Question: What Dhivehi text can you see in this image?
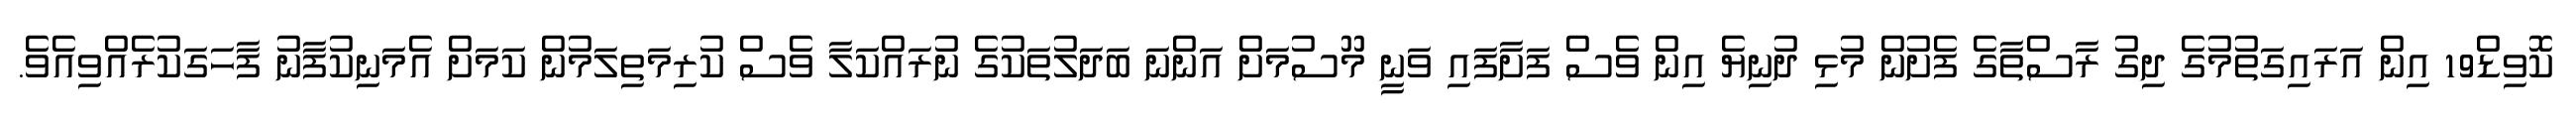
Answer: ކޮވިޑް19 އިން އަރައިގަތުމުގެ ދިގު ރާސްތާގެ ފެށުން މުޅި ދުނިޔެ އިން ވެސް ފަށާފައި ވަނީ މޫސުމަށް އަންނަ ބަދަލުތަކުގެ ނުރައްކަލާ ވެސް ކުރިމަތިލަމުން ކަމަށް އެމަނިކުފާނު ފާހަގަކުރެއްވިއެވެ.